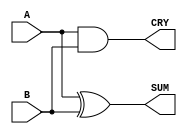
module HalfAdder(
    input A,    // MSB input
    input B,    // LSB input
    output SUM, // Summation
    output CRY  // Carry output
);

// Logic for half adder
assign SUM = A ^ B; // XOR for sum
assign CRY = A & B; // AND for carry

endmodule